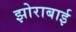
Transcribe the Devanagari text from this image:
झोराबाई